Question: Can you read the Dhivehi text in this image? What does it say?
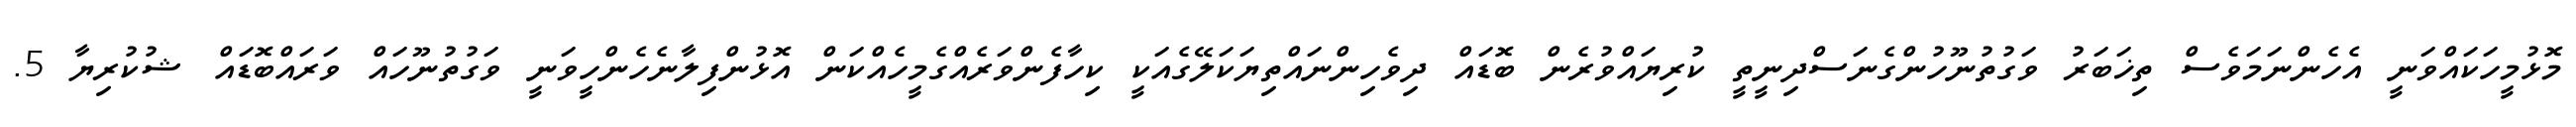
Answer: މޮޅުމީހަކައްވަނީ އެހެންނަމަވެސް ތިޚަބަރު ވަގުތުނޫހުންގެނަސްދިނީތީ ކުރިޔައްވުރެން ބޮޑައް ދިވެހިންނައްތިޔަކަލޭގެއަކީ ކިހާފެންވަރެއްގެމީހެއްކަން އޮޅުންފިލާނެހެންހީވަނީ ވަގުތުނޫހައް ވަރައްބޮޑައް ޝުކުރިޔާ 5.